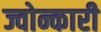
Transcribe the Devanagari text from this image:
ज्वोन्कारी